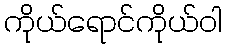
ကိုယ်ရောင်ကိုယ်ဝါ